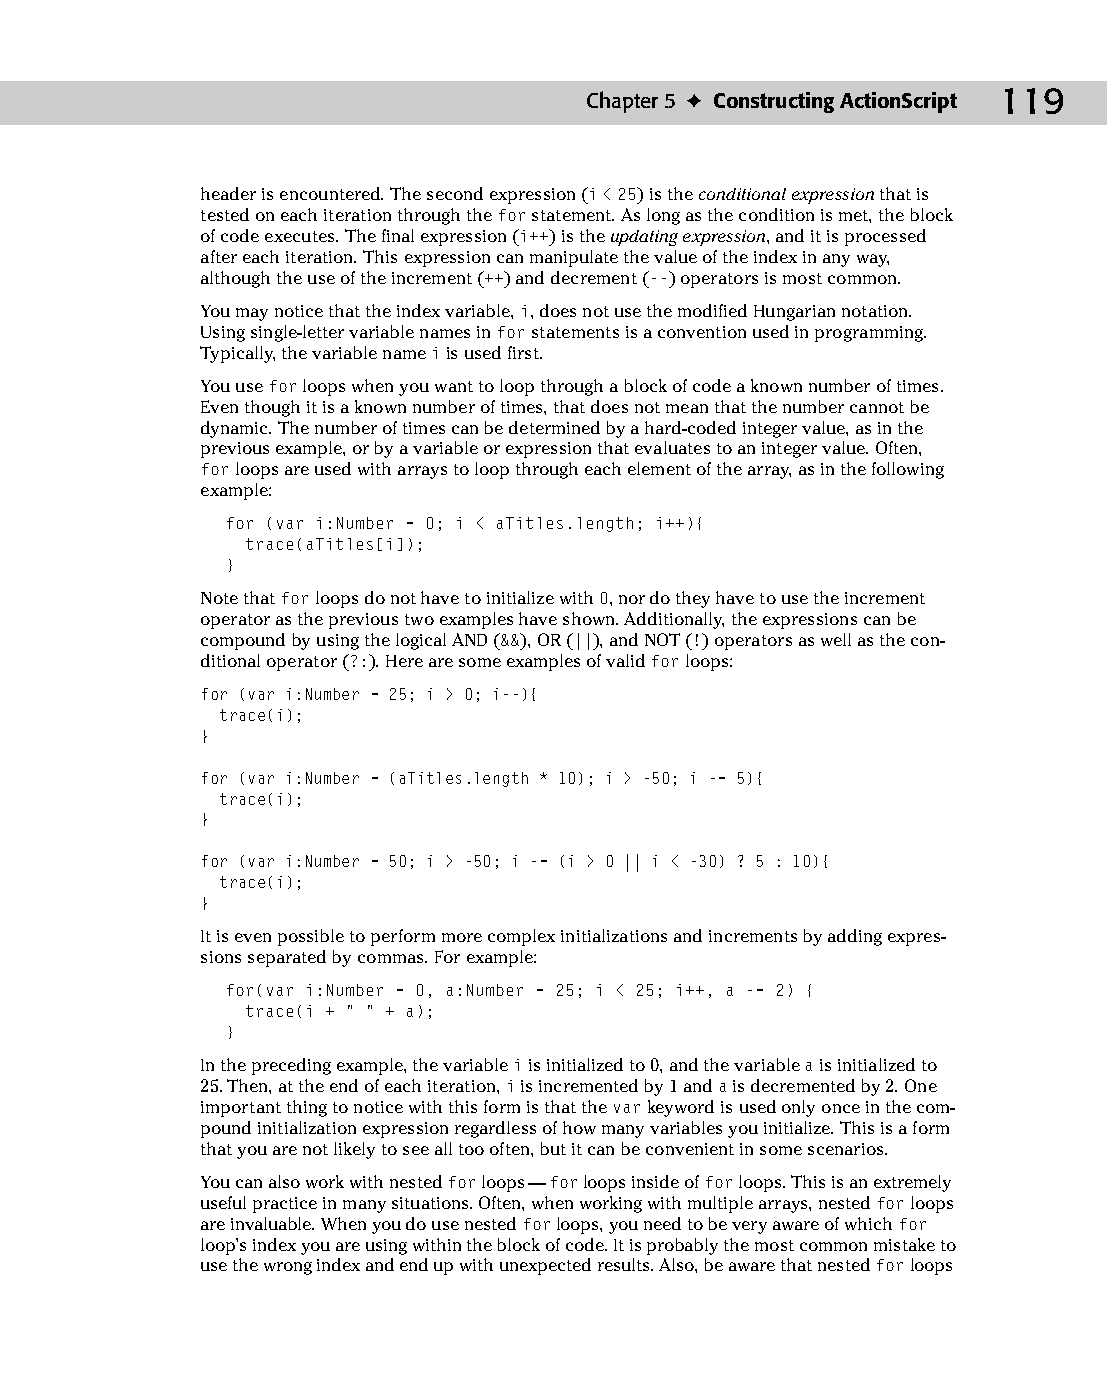
08 543547 ch05.qxd 3/24/04 3:50 PM Page 119
 Chapter 5 ✦ Constructing ActionScript 119
 header is encountered. The second expression (i<25) is the conditional expression that is
 tested on each iteration through the for statement. As long as the condition is met, the block
 of code executes. The final expression (i++) is the updating expression, and it is processed
 after each iteration. This expression can manipulate the value of the index in any way,
 although the use of the increment (++) and decrement (--) operators is most common.
 You may notice that the index variable, i, does not use the modified Hungarian notation.
 Using single-letter variable names in for statements is a convention used in programming.
 Typically, the variable name i is used first.
 You use for loops when you want to loop through a block of code a known number of times.
 Even though it is a known number of times, that does not mean that the number cannot be
 dynamic. The number of times can be determined by a hard-coded integer value, as in the
 previous example, or by a variable or expression that evaluates to an integer value. Often,
 for loops are used with arrays to loop through each element of the array, as in the following
 example:
 for (var i:Number = 0; i < aTitles.length; i++){
 trace(aTitles[i]);
 }
 Note that for loops do not have to initialize with 0, nor do they have to use the increment
 operator as the previous two examples have shown. Additionally, the expressions can be
 compound by using the logical AND (&&), OR (||), and NOT (!) operators as well as the con­
 ditional operator (?:). Here are some examples of valid for loops:
 for (var i:Number = 25; i > 0; i--){
 trace(i);
 }
 for (var i:Number = (aTitles.length * 10); i > -50; i -= 5){
 trace(i);
 }
 for (var i:Number = 50; i > -50; i -= (i > 0 || i < -30) ? 5 : 10){
 trace(i);
 }
 It is even possible to perform more complex initializations and increments by adding expres­
 sions separated by commas. For example:
 for(var i:Number = 0, a:Number = 25; i < 25; i++, a -= 2) {
 trace(i + “ “ + a);
 }
 In the preceding example, the variable i is initialized to 0, and the variable a is initialized to
 25. Then, at the end of each iteration, i is incremented by 1 and a is decremented by 2. One
 important thing to notice with this form is that the var keyword is used only once in the com­
 pound initialization expression regardless of how many variables you initialize. This is a form
 that you are not likely to see all too often, but it can be convenient in some scenarios.
 You can also work with nested for loops — for loops inside of for loops. This is an extremely
 useful practice in many situations. Often, when working with multiple arrays, nested for loops
 are invaluable. When you do use nested for loops, you need to be very aware of which for
 loop’s index you are using within the block of code. It is probably the most common mistake to
 use the wrong index and end up with unexpected results. Also, be aware that nested for loops